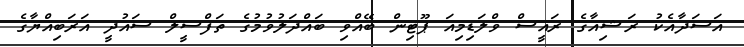
އަސަދާއެކު ރަޝިއާގެ ރައީސް ވްލަޑިމިއަ ޕޫޓިން ބޭއްވި ބައްދަލުވުމުގެ ތަފްސީލް ސައުދީ އަރަބިއްޔާގެ